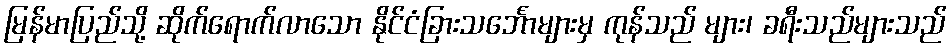
မြန်မာပြည်သို့ ဆိုက်ရောက်လာသော နိုင်ငံခြားသင်္ဘောများမှ ကုန်သည် များ၊ ခရီးသည်များသည်